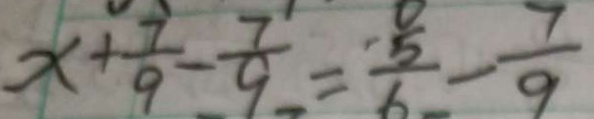
x + \frac { 7 } { 9 } - \frac { 7 } { 9 } = \frac { 5 } { 6 } - \frac { 7 } { 9 }